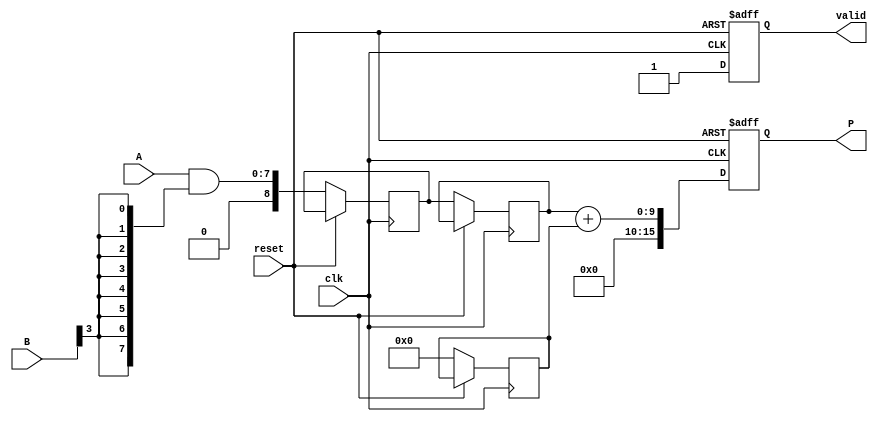
module WallaceTreeMultiplier #(
    parameter N = 8 // Bit width of inputs A and B
)(
    input wire clk,
    input wire reset,
    input wire [N-1:0] A,
    input wire [N-1:0] B,
    output reg [2*N-1:0] P,
    output reg valid
);

    // Internal wires for partial products and reduction
    wire [N-1:0] partial_products[N-1:0];
    wire [N:0] sum[N-1:0]; // Sum outputs from adders
    wire [N:0] carry[N-1:0]; // Carry outputs from adders

    // Generate partial products
    genvar i;
    generate
        for (i = 0; i < N; i = i + 1) begin : pp_gen
            assign partial_products[i] = A & {N{B[i]}};
        end
    endgenerate

    // Wallace tree reduction
    integer stage, j;
    reg [N:0] temp_sum [N-1:0];
    reg [N:0] temp_carry [N-1:0];

    always @(posedge clk or posedge reset) begin
        if (reset) begin
            P <= 0;
            valid <= 0;
        end else begin
            // First stage of reduction
            for (j = 0; j < N; j = j + 1) begin
                if (j % 2 == 0 && j + 1 < N) begin
                    {temp_carry[j/2], temp_sum[j/2]} <= partial_products[j] + partial_products[j + 1];
                end else if (j % 2 == 1) begin
                    temp_carry[j/2] <= 0; // No carry for odd indexed sums
                    temp_sum[j/2] <= partial_products[j]; // Directly assign
                end
            end

            // Further stages of reduction
            for (stage = 1; stage < N; stage = stage + 1) begin
                for (j = 0; j < (N - stage); j = j + 1) begin
                    if (j % 2 == 0 && j + 1 < (N - stage)) begin
                        {carry[j/2], sum[j/2]} <= temp_sum[j] + temp_sum[j + 1] + temp_carry[j] + temp_carry[j + 1];
                    end else if (j % 2 == 1) begin
                        carry[j/2] <= 0; // No carry for odd indexed sums
                        sum[j/2] <= temp_sum[j]; // Directly assign
                    end
                end
            end

            // Final addition
            P <= sum[0] + carry[0];
            valid <= 1; // Indicate that the output is valid
        end
    end

endmodule